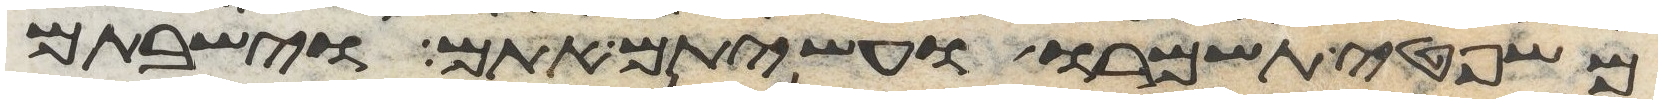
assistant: משפטי תשמרו ועשיתם אתם וישבתם